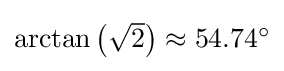
{\textstyle \arctan \left({\sqrt {2}}\right)\approx 54.74^{\circ }}